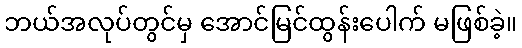
ဘယ်အလုပ်တွင်မှ အောင်မြင်ထွန်းပေါက် မဖြစ်ခဲ့။